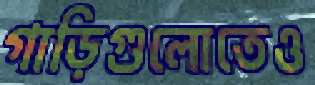
গাড়িগুলোতেও